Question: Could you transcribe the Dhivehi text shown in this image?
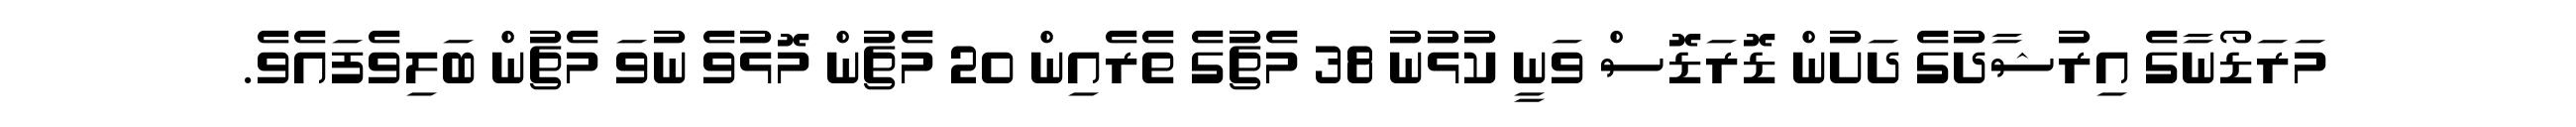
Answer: މަރަޑޯނާގެ އިރުޝާދުގެ ދަށުން ޑޮރަޑޮސް ވަނީ ކުޅުނު 38 މެޗުގެ ތެރެއިން 20 މެޗުން މޮޅުވެ ނުވަ މެޗުން ބަލިވެފައެވެ.